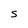
Character: S